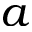
a